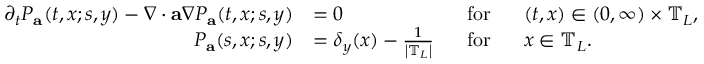
\begin{array} { r l r l } { \partial _ { t } P _ { \mathbf { a } } ( t , x ; s , y ) - \nabla \cdot \mathbf { a } \nabla P _ { \mathbf { a } } ( t , x ; s , y ) } & { = 0 } & { ~ ~ \mathrm { f o r } } & { ~ ~ ( t , x ) \in ( 0 , \infty ) \times \mathbb { T } _ { L } , } \\ { P _ { \mathbf { a } } ( s , x ; s , y ) } & { = \delta _ { y } ( x ) - \frac { 1 } { \left| \mathbb { T } _ { L } \right| } } & { ~ ~ \mathrm { f o r } } & { ~ ~ x \in \mathbb { T } _ { L } . } \end{array}